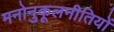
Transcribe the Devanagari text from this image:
मनोनुकूलनीतियों